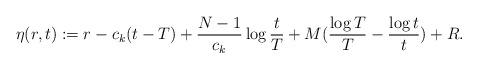
LaTeX: \begin{align*}\eta(r,t):=r-c_{k}(t-T)+\frac{N-1}{c_{k}}\log \frac tT+M(\frac{\log T}T-\frac{\log t} t)+R.\end{align*}